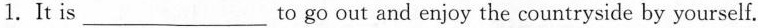
1.It is___to go out and enjoy the countryside by yourself.